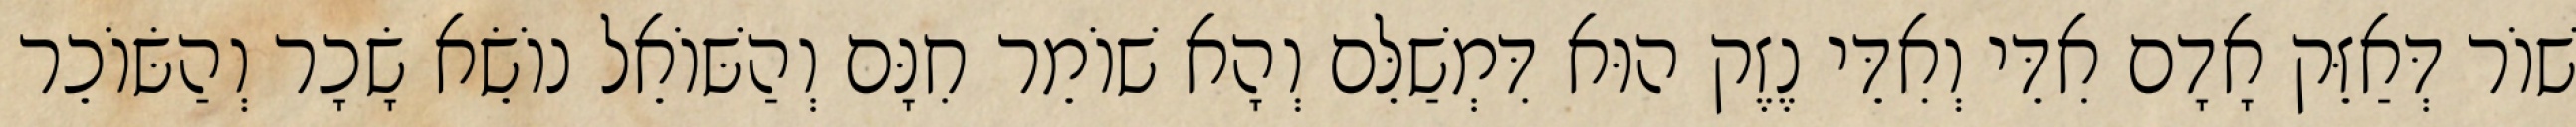
שׁוֹר דְּאַזֵּק אָדָם אִדֵּי וְאִדֵּי נֶזֶק הוּא דִּמְשַׁלֵּם וְהָא שׁוֹמֵר חִנָּם וְהַשּׁוֹאֵל נוֹשֵׂא שָׂכָר וְהַשּׂוֹכֵר